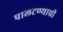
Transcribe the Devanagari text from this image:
पालटण्याची